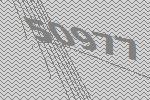
50977